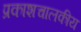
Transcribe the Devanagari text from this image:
प्रकाशचालकीय